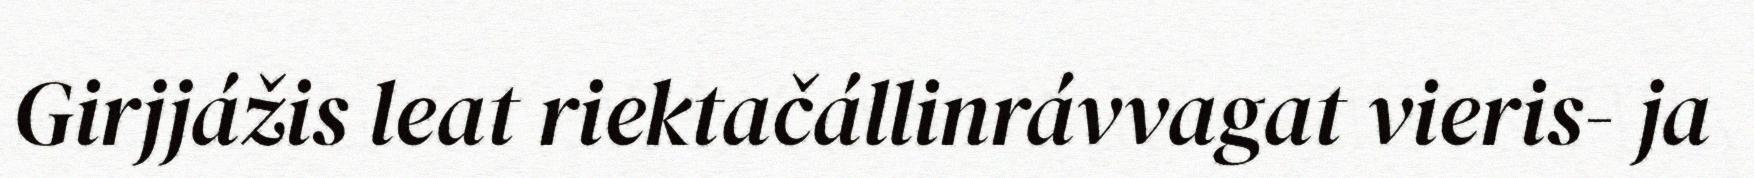
Girjjážis leat riektačállinrávvagat vieris- ja